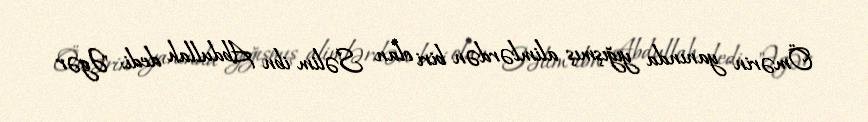
Ömərin yanında yığışmış alimlərdən biri olan Səlim ibn Abdullah dedi: "Əgər